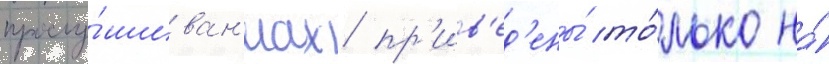
прослу́шиван'иах пр'ив'ед'ены́ то́лько на́